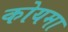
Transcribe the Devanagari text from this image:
कोयमा